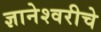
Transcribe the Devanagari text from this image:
ज्ञानेश्‍वरीचे